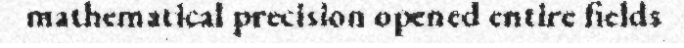
mathematical precision opened entire fields